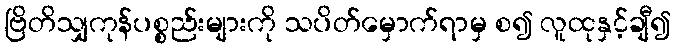
ဗြိတိသျှကုန်ပစ္စည်းများကို သပိတ်မှောက်ရာမှ စ၍ လူထုနှင့်ချီ၍